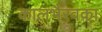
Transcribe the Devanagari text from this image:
कालभैरवका